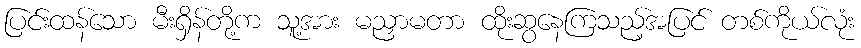
ပြင်းထန်သော မီးရှိန်တို့က သူ့အား မညှာမတာ ထိုးဆွနေကြသည့်အပြင် တစ်ကိုယ်လုံး